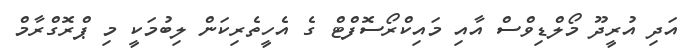
އަދި އުރީދޫ މޯލްޑިވްސް އާއި މައިކްރޯސޮފްޓް ގެ އެހީތެރިކަން ލިބުމަކީ މި ޕްރޮގްރާމް